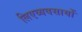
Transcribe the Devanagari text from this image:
लिएव्यवसायों